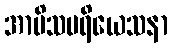
အာမိသပရိယေသနာ